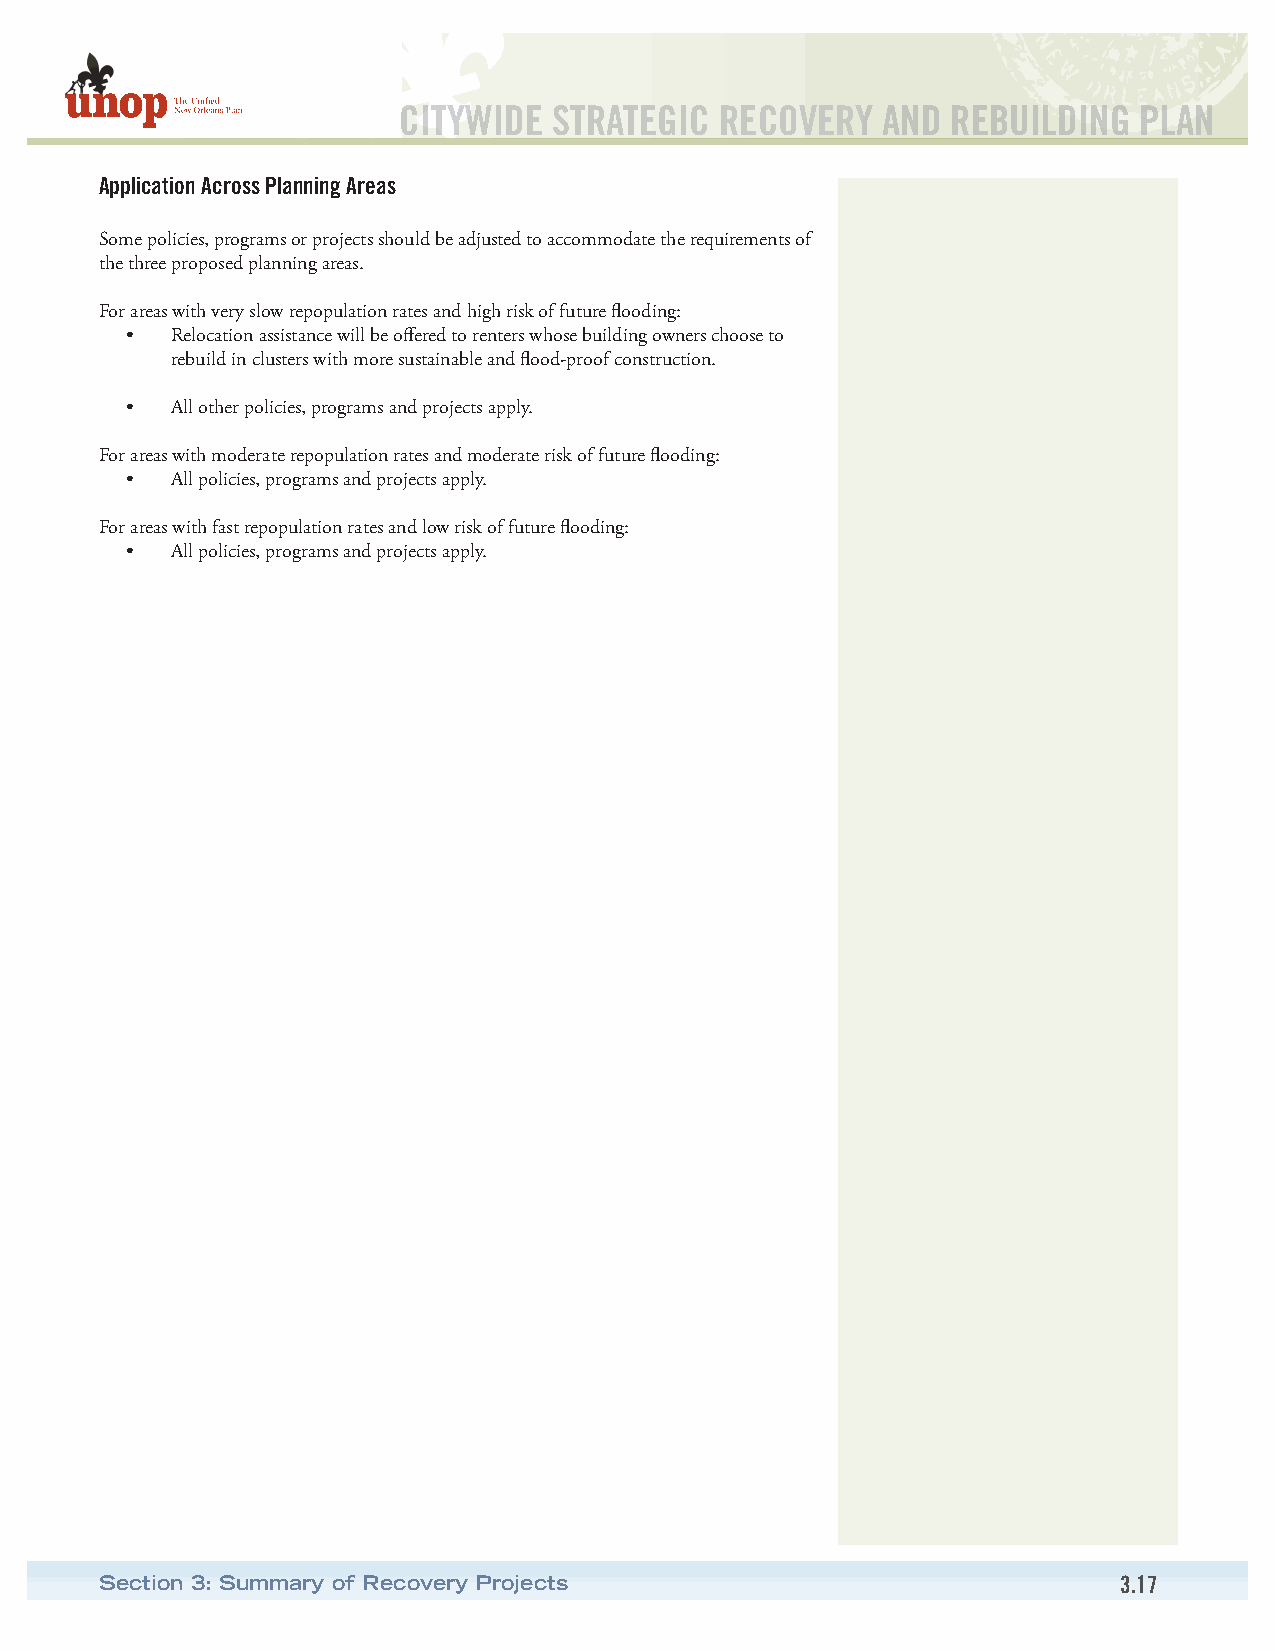
CITYWIDE   STRATEGIC  RECOVERY  AND  REBUILDING  PLAN
 Application Across Planning Areas
 Some policies, programs or projects should be adjusted to accommodate the requirements of
 the three proposed planning areas.
 For areas with very slow repopulation rates and high risk of future flooding:
 •  Relocation assistance will be offered to renters whose building owners choose to
 rebuild in clusters with more sustainable and flood-proof construction.
 •  All other policies, programs and projects apply.
 For areas with moderate repopulation rates and moderate risk of future flooding:
 •  All policies, programs and projects apply.
 For areas with fast repopulation rates and low risk of future flooding:
 •  All policies, programs and projects apply.
 Section 3: Summary of Recovery Projects                            3.17